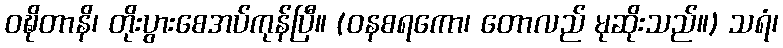
ဝဍ္ဎိတာနိ၊ တိုးပွားစေအပ်ကုန်ပြီ။ (ဝနစရကော၊ တောလည် မုဆိုးသည်။) သရံ၊